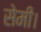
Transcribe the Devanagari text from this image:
सेमी।